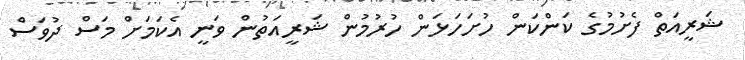
ޝަރީއަތް ފެށުމުގެ ކަންކަން ހުށަހަޅަން ހުރުމުން ޝަރީއަތުން ވަނީ އެކަމަށް މަސް ދުވަސް